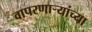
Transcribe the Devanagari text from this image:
वापरणाऱ्यांच्या